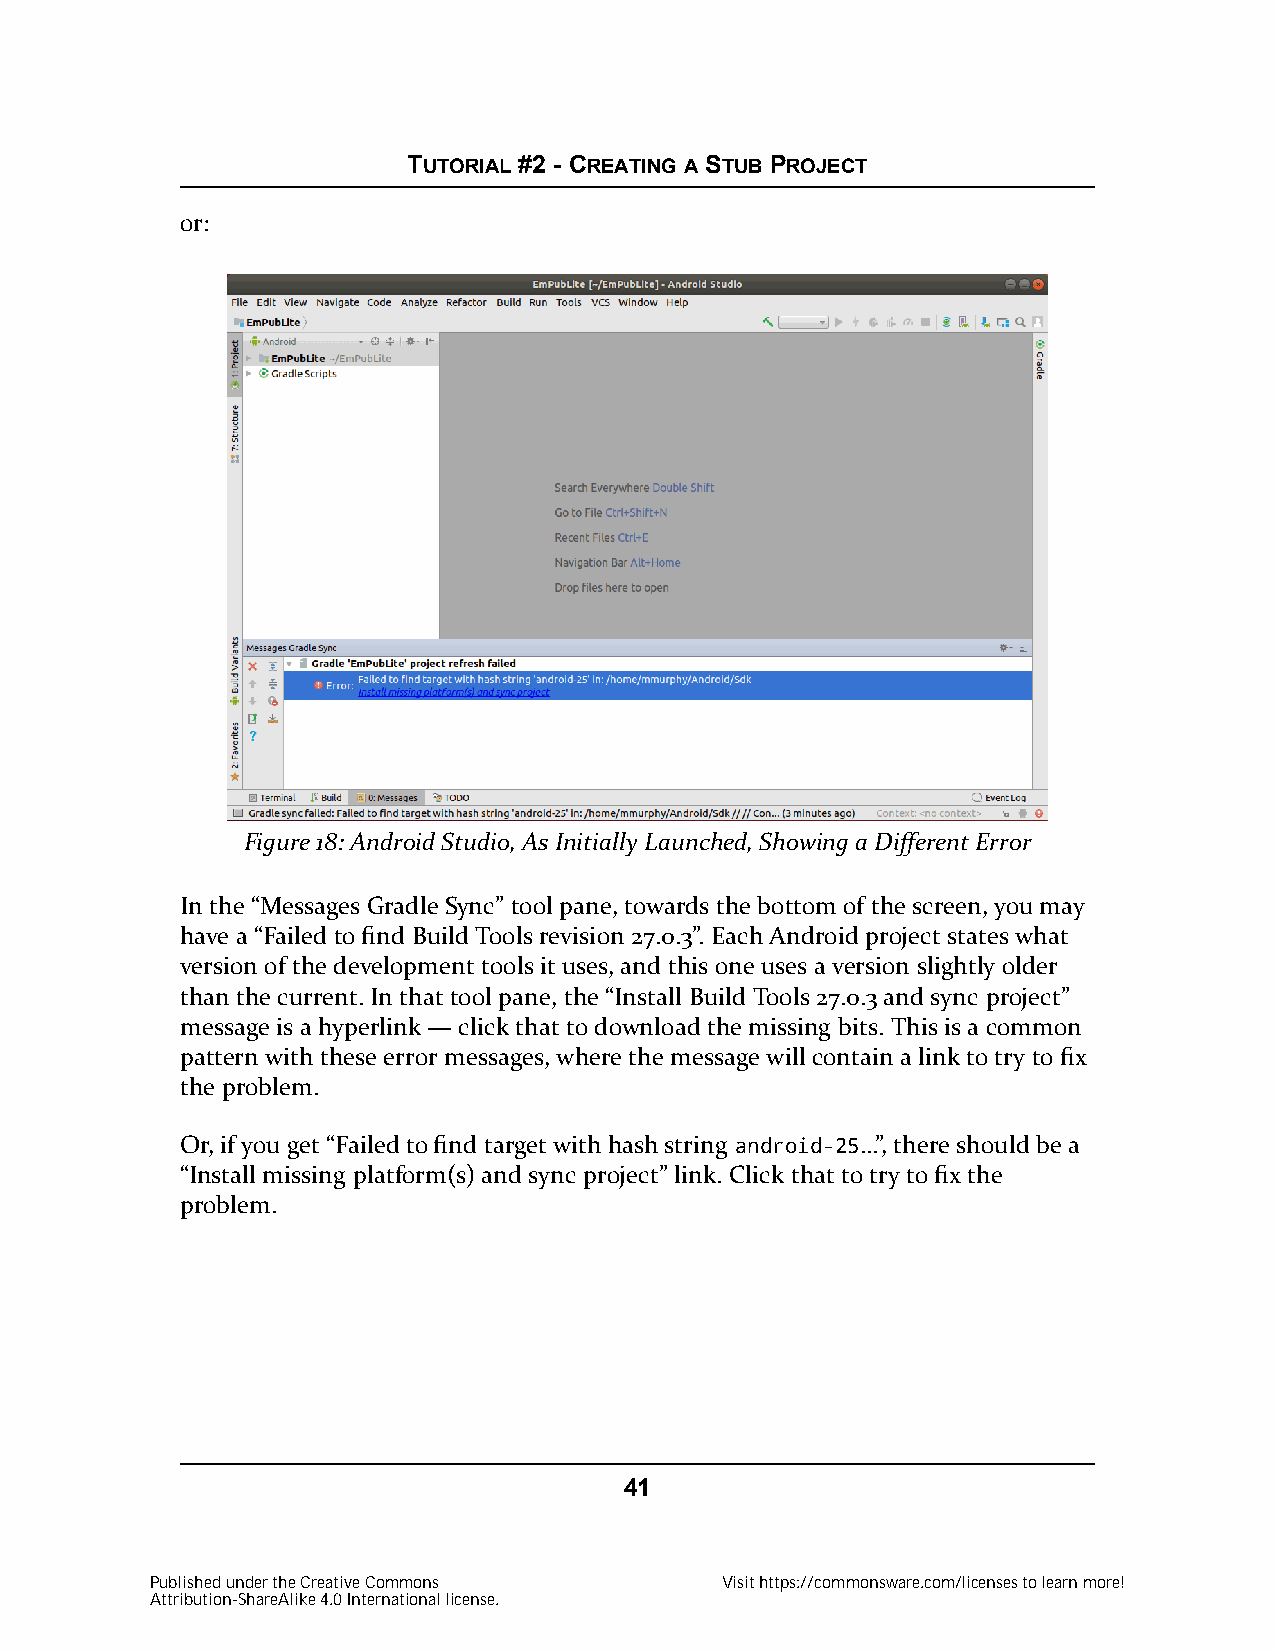
TUTORIAL #2 - CREATING A STUB PROJECT
 or:
 Figure 18: Android Studio, As Initially Launched, Showing a Different Error
 In the “Messages Gradle Sync” tool pane, towards the bottom of the screen, you may
 have a “Failed to find Build Tools revision 27.0.3”. Each Android project states what
 version of the development tools it uses, and this one uses a version slightly older
 than the current. In that tool pane, the “Install Build Tools 27.0.3 and sync project”
 message is a hyperlink — click that to download the missing bits. This is a common
 pattern with these error messages, where the message will contain a link to try to fix
 the problem.
 Or, if you get “Failed to find target with hash string android-25…”, there should be a
 “Install missing platform(s) and sync project” link. Click that to try to fix the
 problem.
 41
 Published under the Creative Commons  Visit https://commonsware.com/licenses to learn more!
 Attribution-ShareAlike 4.0 International license.